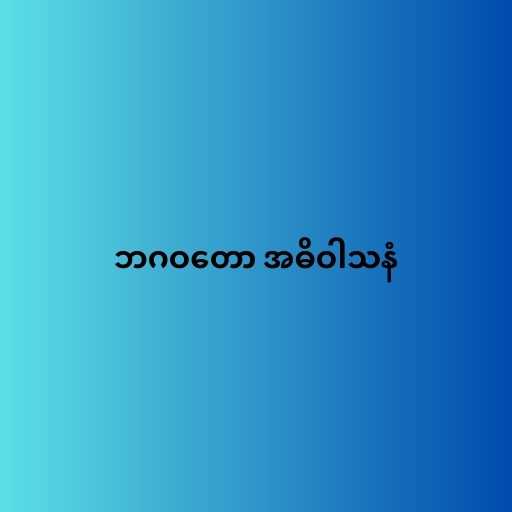
ဘဂဝတော အဓိဝါသနံ